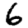
Digit: 6